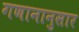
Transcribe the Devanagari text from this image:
गणानानुसार